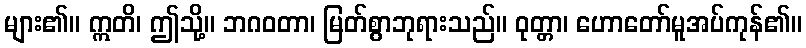
များ၏။ ဣတိ၊ ဤသို့။ ဘဂဝတာ၊ မြတ်စွာဘုရားသည်။ ဝုတ္တာ၊ ဟောတော်မူအပ်ကုန်၏။